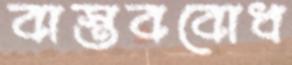
বাস্তববোধ